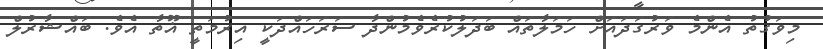
މިވަގުތު އެންމެ ވަރުގަދައަށް ހަމަލާތައް ބަދަލުކުރެވެމުންދާ ސަރަހައްދަކީ އިރުމަތީ ޣޫތާ އެވެ. ބައްޝާރުލް